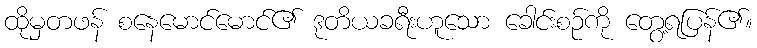
ထိုမှတဖန် စနေမောင်မောင်၏ ဒုတိယခရီးဟူသော ခေါင်းစဉ်ကို တွေ့ရပြန်၏။